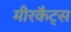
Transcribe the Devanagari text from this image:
मीरकैट्स